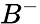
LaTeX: B^{-}